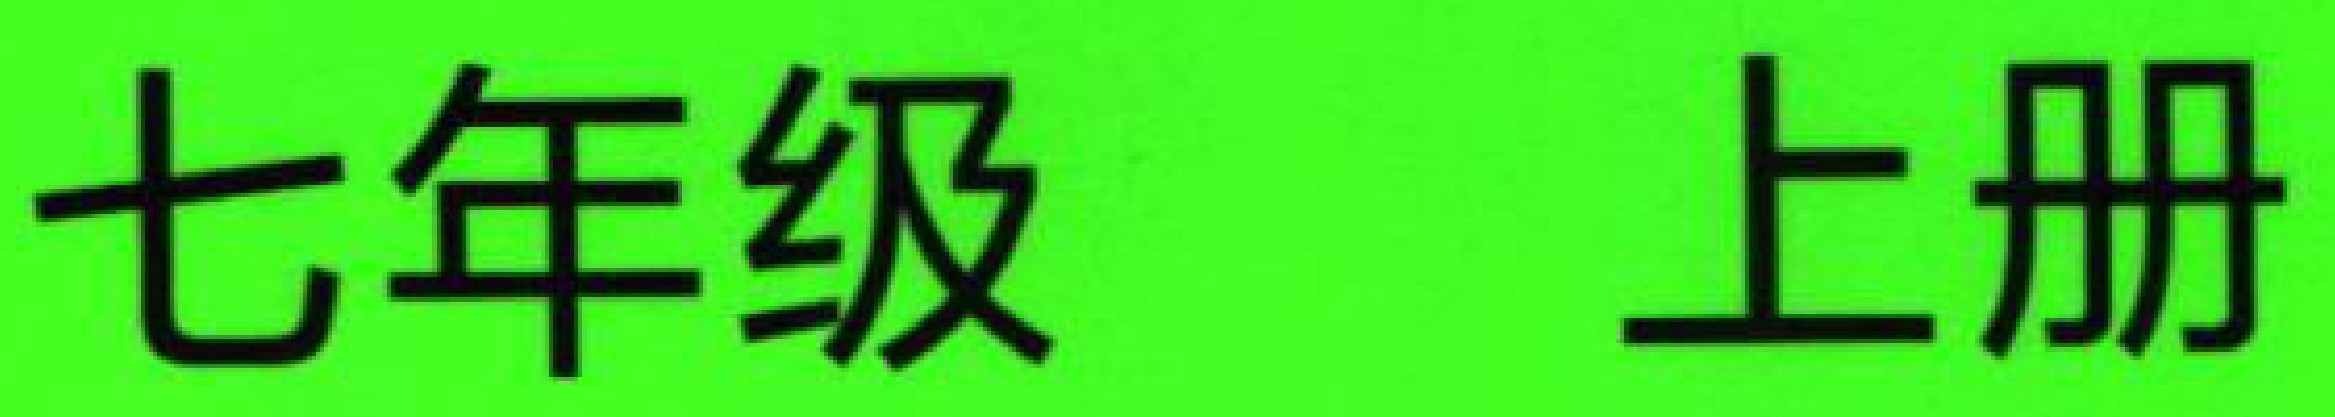
七年级 上册